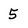
Character: 5